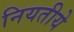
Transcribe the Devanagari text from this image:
नियतीये